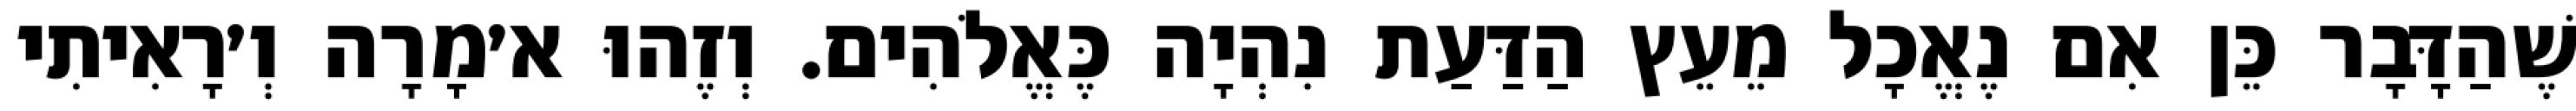
שֶׁהַדָּבָר כֵּן אִם נֶאֱכָל מֵעֵץ הַדַּעַת נִהְיָה כֶּאֱלֹהִים. וְזֶהוּ א׳מָרָה וְ׳רָאִיתִי